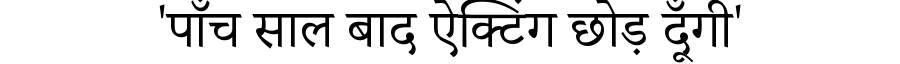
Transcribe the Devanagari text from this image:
'पाँच साल बाद ऐक्टिंग छोड़ दूँगी'